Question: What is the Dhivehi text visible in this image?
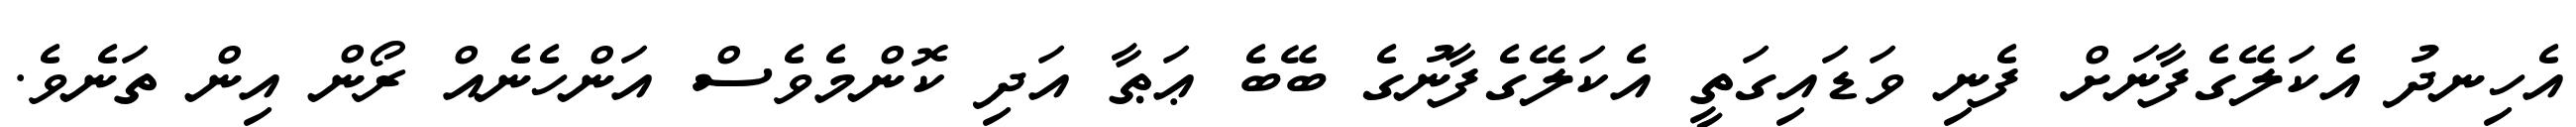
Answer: އެހިނދު އެކަލޭގެފާނަށް ފެނި ވަޑައިގަތީ އެކަލޭގެފާނުގެ ބޭބެ ޢަޠާ އަދި ކޮންމެވެސް އަންހެނެއް ރޯން އިން ތަނެވެ.